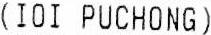
(IOI PUCHONG)